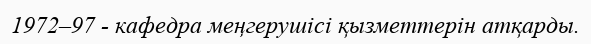
1972–97 - кафедра меңгерушісі қызметтерін атқарды.